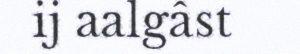
ij aalgâst